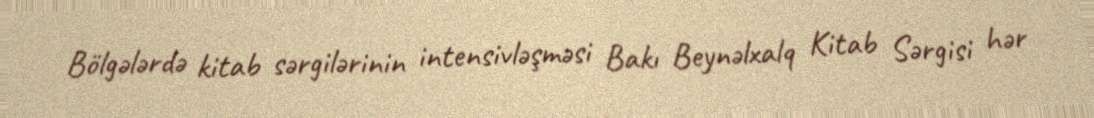
Bölgələrdə kitab sərgilərinin intensivləşməsi Bakı Beynəlxalq Kitab Sərgisi hər